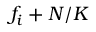
f _ { i } + N / K